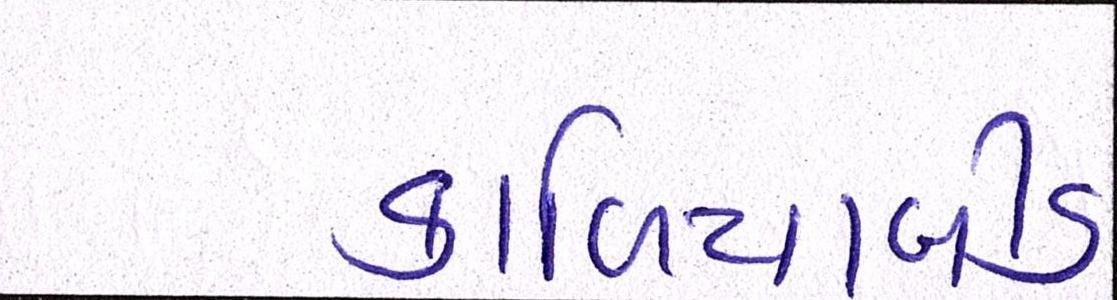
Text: કાળિયાબીડ